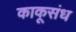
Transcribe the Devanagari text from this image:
काकूसंध